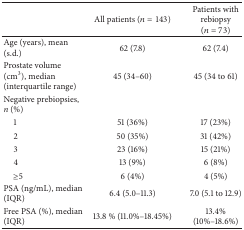
<table><thead><tr><td><b> </b></td><td><b>All patients (<i>n</i> = 143)</b></td><td><b>Patients with rebiopsy (<i>n</i> = 73)</b></td></tr></thead><tbody><tr><td>Age (years), mean (s.d.)</td><td>62 (7.8)</td><td>62 (7.4)</td></tr><tr><td>Prostate volume (cm3), median (interquartile range)</td><td>45 (34–60)</td><td>45 (34 to 61)</td></tr><tr><td>Negative prebiopsies, <i>n</i> (%)</td><td> </td><td> </td></tr><tr><td> 1</td><td>51 (36%)</td><td>17 (23%)</td></tr><tr><td> 2</td><td>50 (35%)</td><td>31 (42%)</td></tr><tr><td> 3</td><td>23 (16%)</td><td>15 (21%)</td></tr><tr><td> 4</td><td>13 (9%)</td><td>6 (8%)</td></tr><tr><td> ≥5</td><td>6 (4%)</td><td>4 (5%)</td></tr><tr><td>PSA (ng/mL), median (IQR)</td><td>6.4 (5.0–11.3)</td><td>7.0 (5.1 to 12.9)</td></tr><tr><td>Free PSA (%), median (IQR)</td><td>13.8 % (11.0%–18.45%)</td><td>13.4% (10%–18.6%)</td></tr></tbody></table>